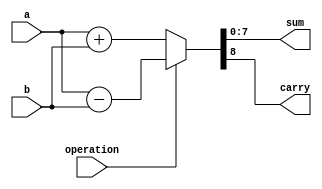
module alu_unit
	#(
		parameter WIDTH = 8
	)
	(
		input [WIDTH-1:0] a,
		input [WIDTH-1:0] b,
		input operation,
		
	/*
		// no reg example
		output [(WIDTH - 1) : 0] result,
		output carry
	);
		
		assign { carry, result } = operation ? (a - b) : (a + b);
		
	*/
		
		output reg [WIDTH-1:0] sum,
		output reg carry
	);
	
	always @(*)
	begin
		if (operation == 1'b0)
			{carry, sum} <= a + b;
		else
			{carry, sum} <= a - b;
	end
	
endmodule